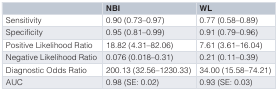
|  | NBI | WL |
 | --- | --- | --- |
 | Sensitivity | 0.90 (0.73–0.97) | 0.77 (0.58–0.89) |
 | Specificity | 0.95 (0.81–0.99) | 0.91 (0.79–0.96) |
 | Positive Likelihood Ratio | 18.82 (4.31–82.06) | 7.61 (3.61–16.04) |
 | Negative Likelihood Ratio | 0.076 (0.018–0.31) | 0.21 (0.11–0.39) |
 | Diagnostic Odds Ratio | 200.13 (32.56–1230.33) | 34.00 (15.58–74.21) |
 | AUC | 0.98 (SE: 0.02) | 0.93 (SE: 0.03) |